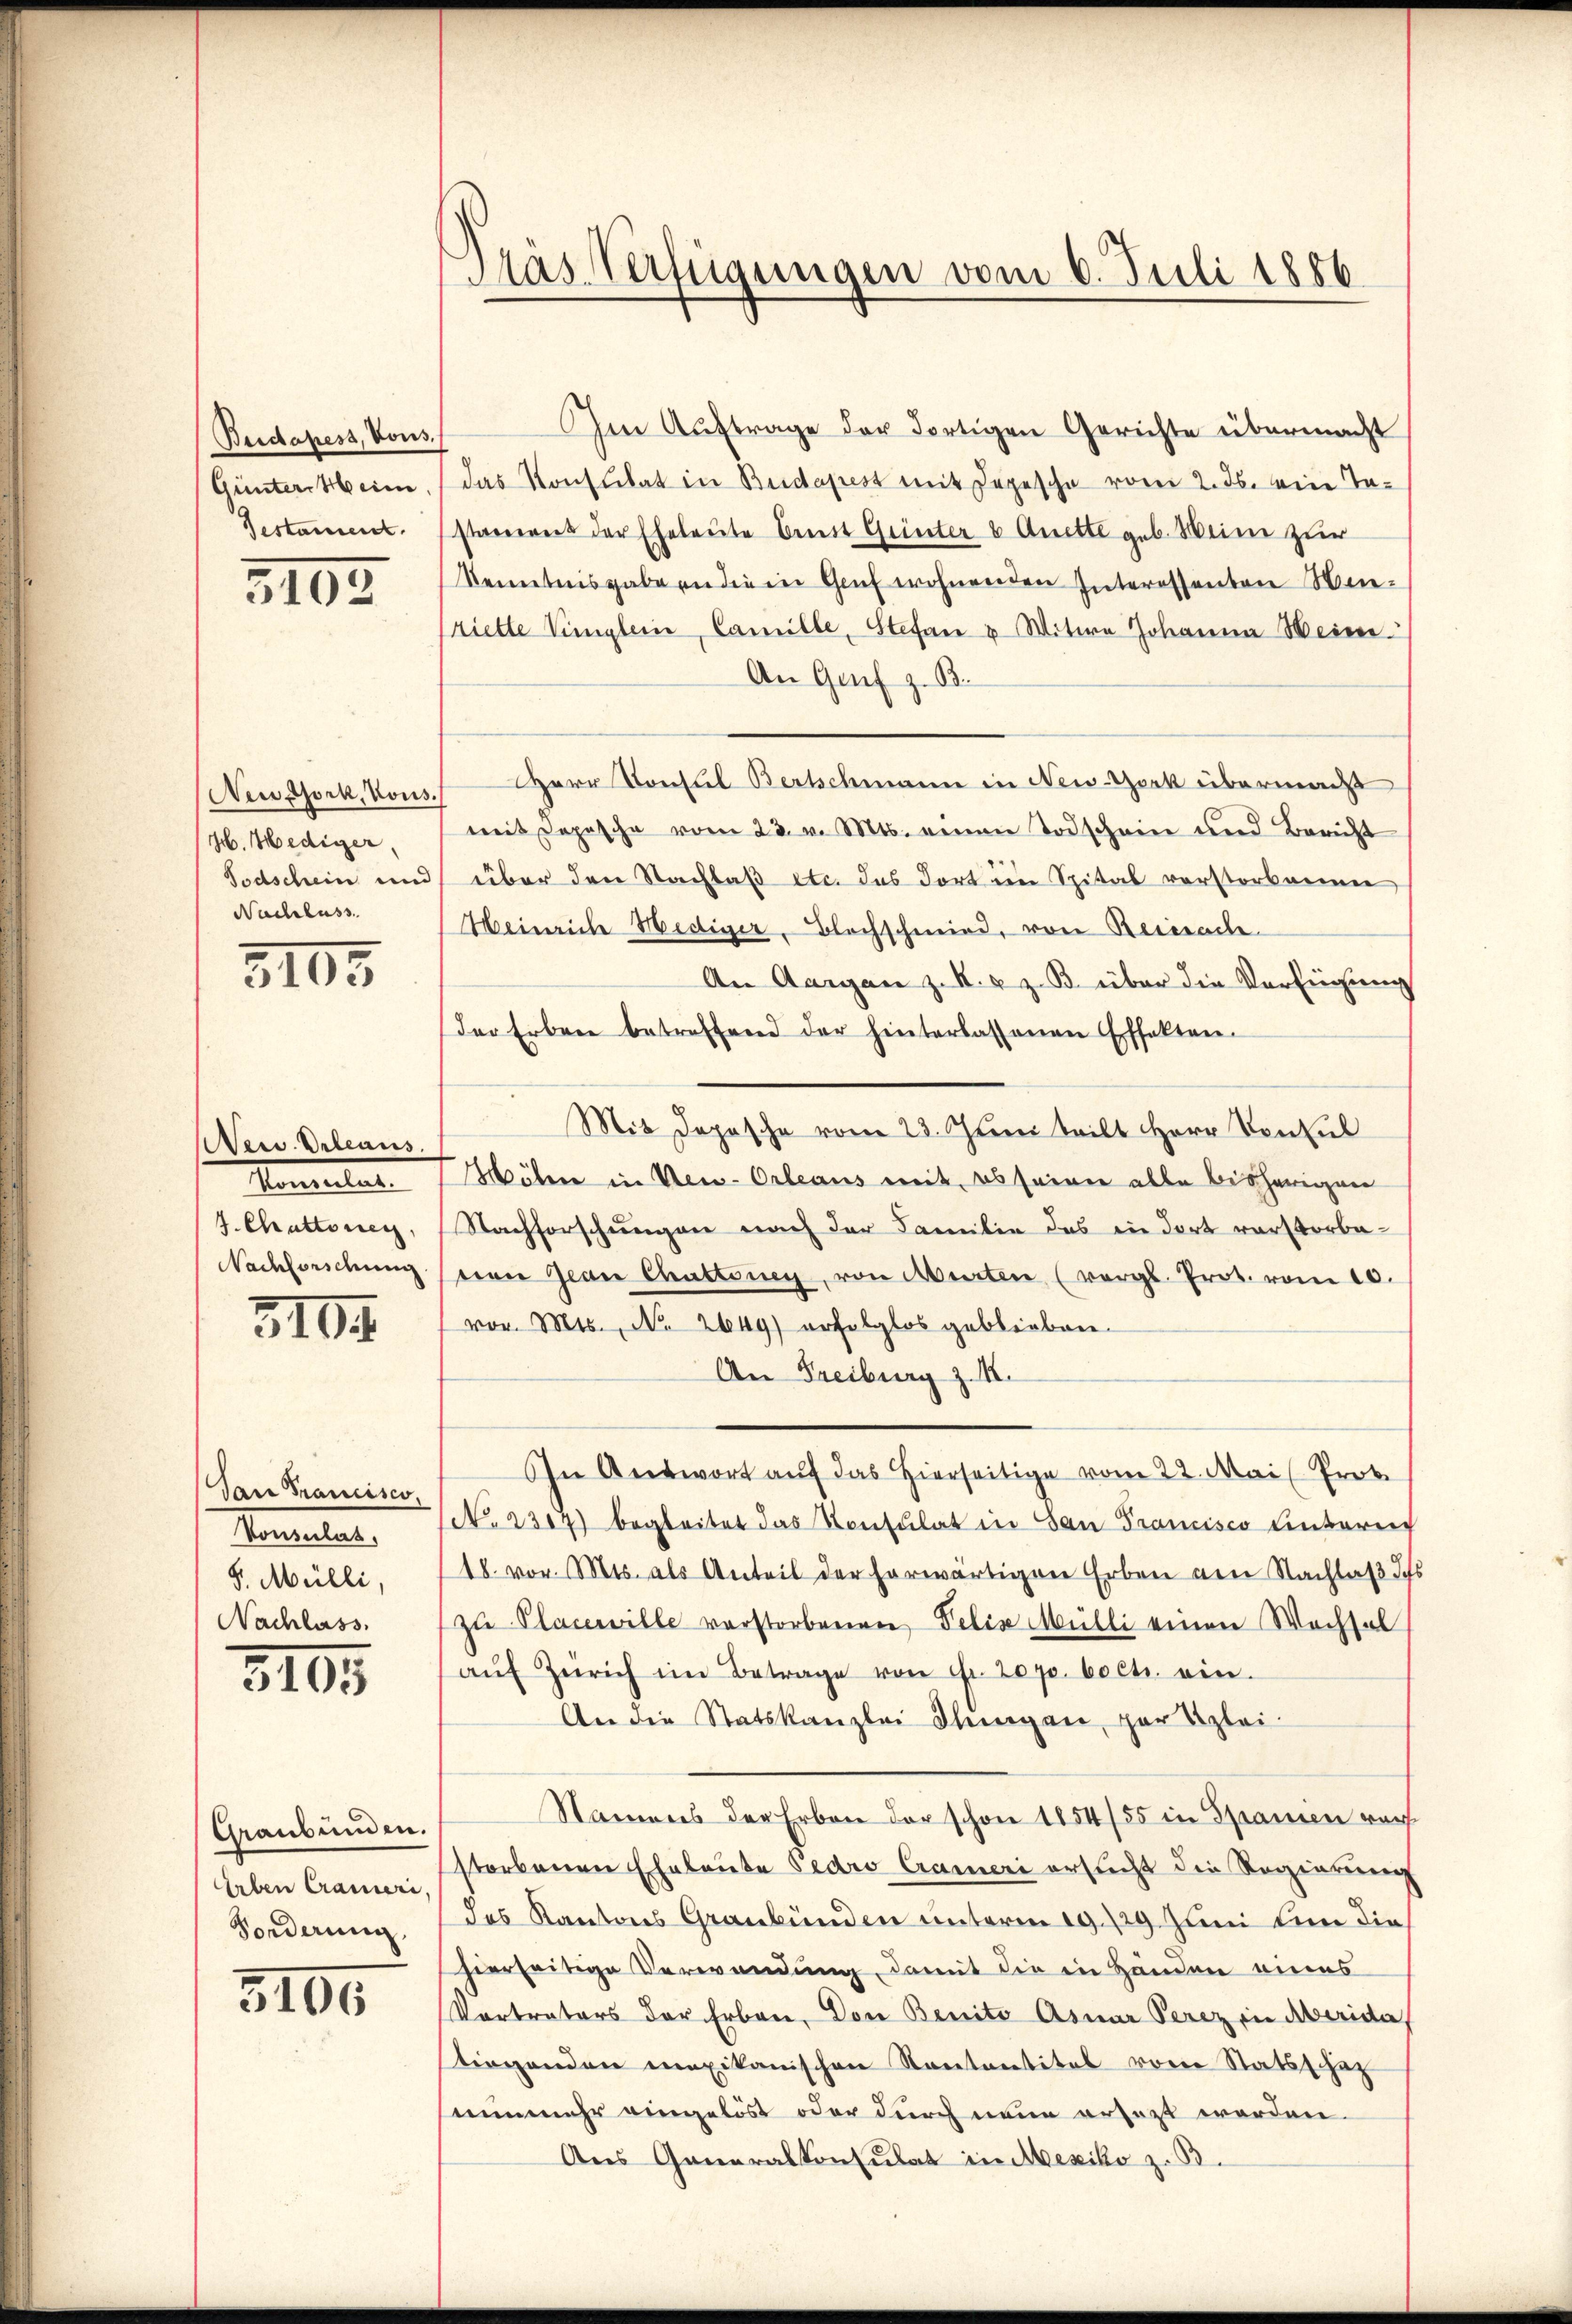
Bridapess, Vous.
Gunterstein
Testament.

2103

New York, Kons.
M. Hediger,
Todschein und
Nachluss.

3105

Ates. Urteaus.
Tanteilet
J. Chrattonen,
Nachforschung

3104

Dann Francisco,
Naneten,
8. Mülli,
Nachlass.

3105

Graubünden.
Erben Crameri.
Forderung

3105

Aas Verfügungen vom 6. Juli 1886

Im Auftrage der dortigen Gerichte übermacht
das Konsulat in Budapest mit Depesche vom 2. ds. ein Tastamens der Eheleute bist Grinter 6 Quette geb. Meine zur
kenntnisgaben die in Genf wohnenden Interessanten Winpriette Vinglern, Camille, Stefan u Witwe Johanna Meine
An Genf z. B.
Herr Konsul Bertschmann in New-York übermacht
mit Depesche vom 23. v. Mts. einen Todschein und Bericht
über den Nachlaß etc. das dort im Spital vorstorbenen
Heinriche Hediger, Blochschmied, von Reicache
An Aargau z. K. u. z. B. über die Verfügung
Der Erben betreffend der hinterlassenen Effekten.
Mit Dopische vom 23. Juni teilt Herr Von Kul
Höhe in Neu-Orleaus mit, es seinen alle bisheriguen
Nachforschungen nach der Familie das in dort verstorbevon Jean Chattinen, von Murten (vergl. Prot. vom 10.
vor. Mts., N. 2649) erfolglos geblieben.
An Freiburg z. I.
In Antwort auf das hierseitige vom 22. Mai (Prok.
No 2317) begleitet das Konsulat in San Francisco Unterrich
18. vor. Mts. als Anteil der herwärtigen Erben von Nachlaß des
zu Placewille verstorbenen Pelis Mülli einen Wachsel
aŭf Zürich im Betrage von Fr. 2070. bect. ein.
An die Statskanzlei Stungen, par Klei¬
Namens der Erben der schon 1854/55 in Spanien nach
storbenen Eheleute bedro Crameri ersucht die Regierung
des Kantons Graubünden unterm 19. 129 Juni nun die
hierseitige Verwendung, damit die in Händen eines
Vortraters der Erben, Von Benito Asnar Perez in Merida
tirgenden mexikanischen Kontantitel vom Statsschaf
nunmehr eingelöst oder durch neue ersezt worden.
Aus Generalkonsulat in Mexiko z. B.